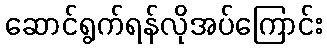
ဆောင်ရွက်ရန်လိုအပ်ကြောင်း